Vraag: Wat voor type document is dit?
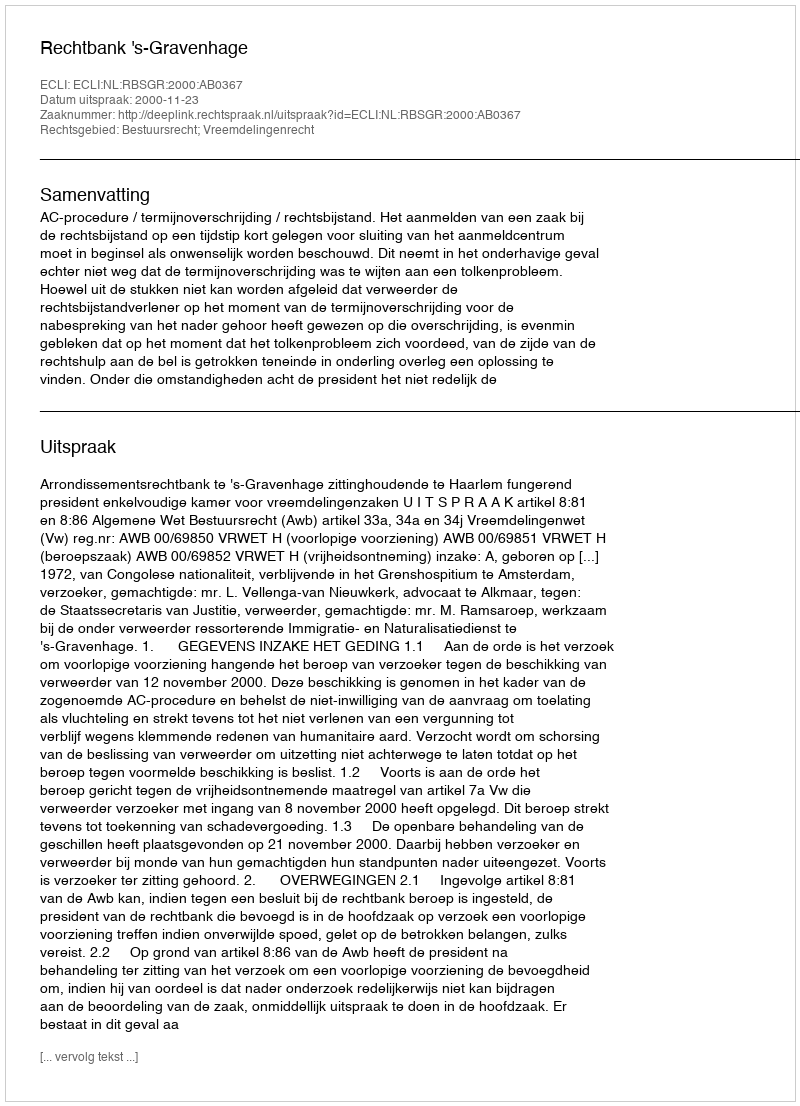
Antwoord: Uitspraak